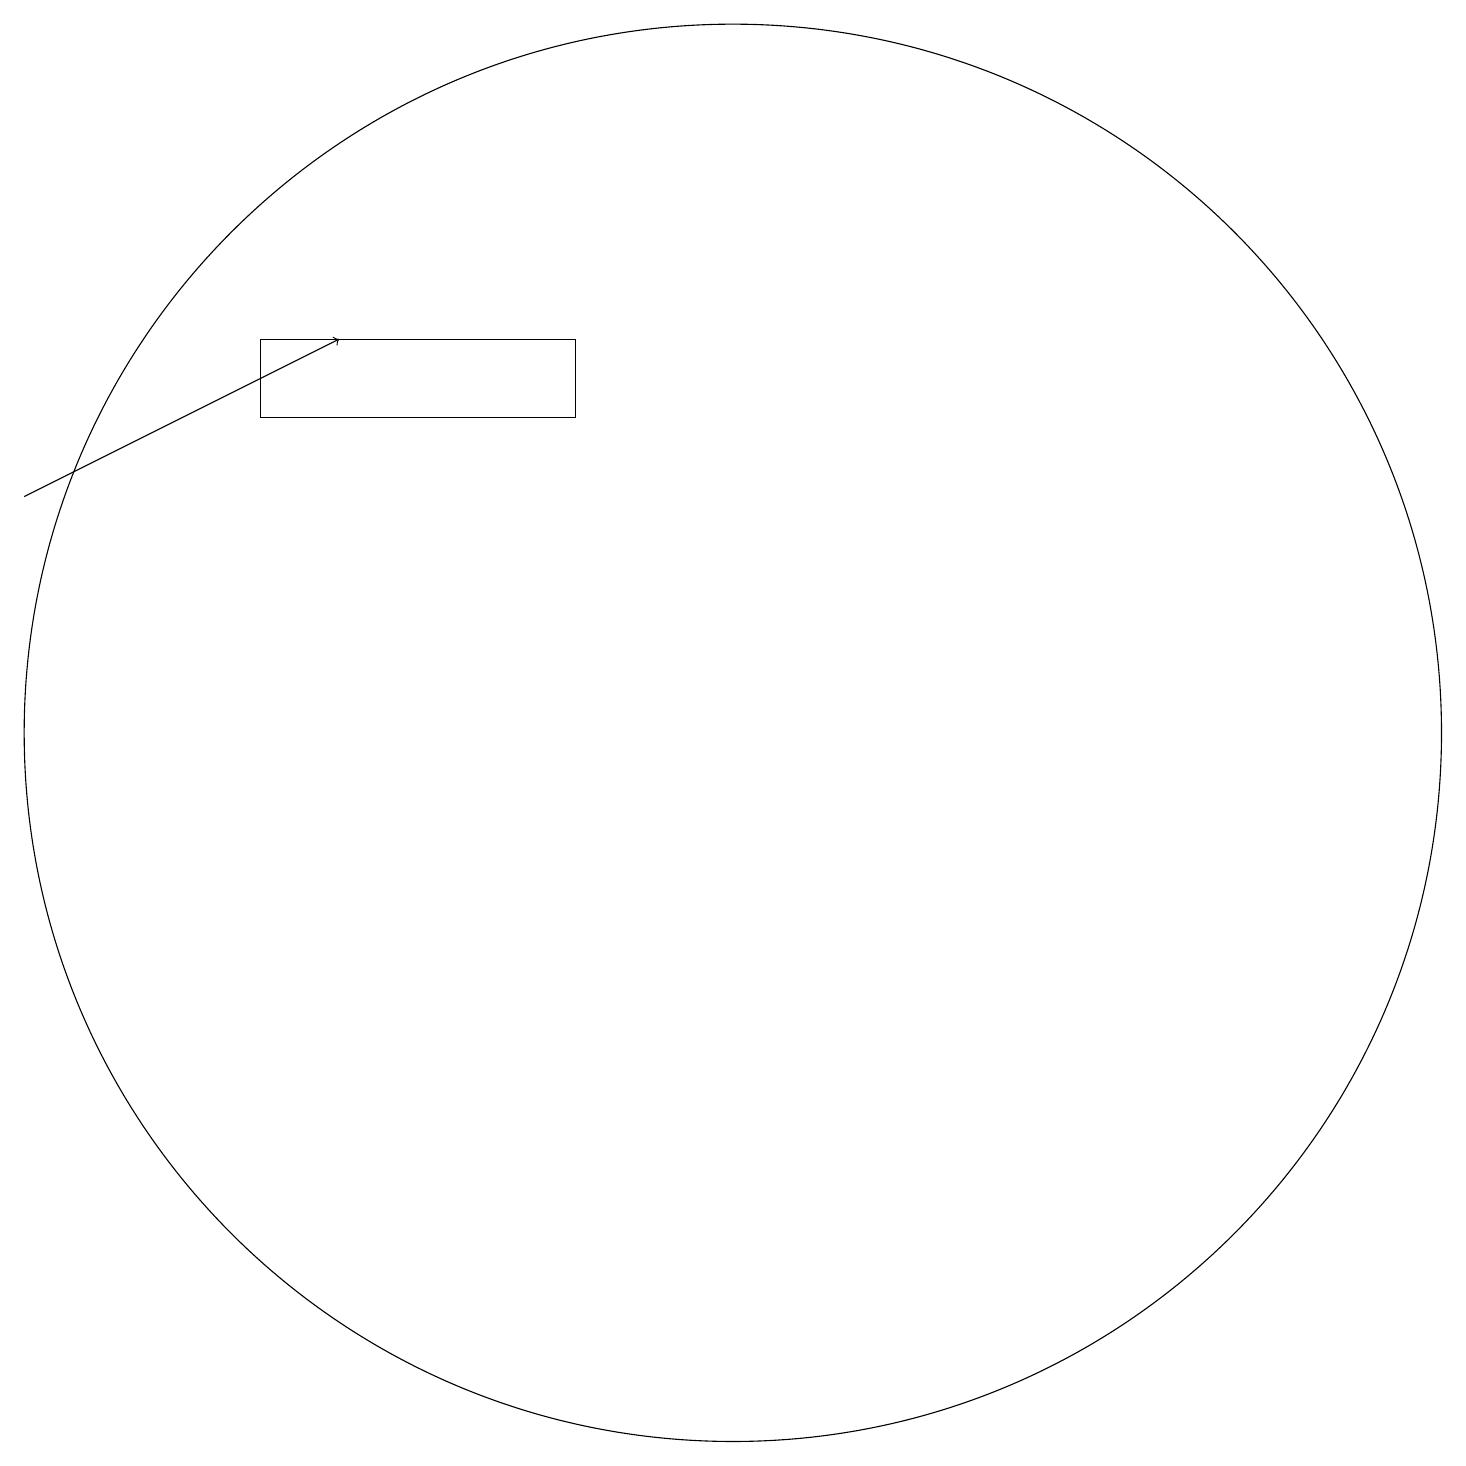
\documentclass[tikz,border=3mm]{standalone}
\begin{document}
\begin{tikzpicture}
\draw[->] (2,15) -- (6,17);
\draw (9,17) rectangle (5,16);
\draw (11,12) circle (9);
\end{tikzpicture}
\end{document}